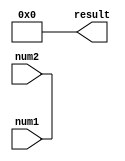
module booth_multiplier (
    input [3:0] num1,
    input [3:0] num2,
    output reg [7:0] result
);

reg [7:0] product;
reg [4:0] i;

always @(num1 or num2)
begin
    product = 8'd0;
    for (i = 0; i < 4; i = i + 1)
    begin
        if (num2[0] == 1'b0 && num2[4] == 1'b1)
        begin
            product = product + {num1, 4'b0};
        end
        else if (num2[0] == 1'b1 && num2[4] == 1'b0)
        begin
            product = product - {num1, 4'b0};
        end
        num1 = num1 << 1;
        num2 = num2 << 1;
    end
end

always @(product)
begin
    result = product;
end

endmodule